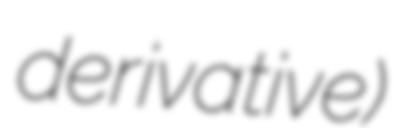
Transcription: derivative)